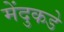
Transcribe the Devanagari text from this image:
मेंदुकडे